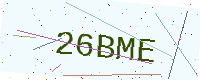
Text: 26BME